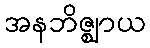
အနဘိဇ္ဈာယ